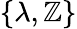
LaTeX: \{ \lambda,\mathbb{Z}\}